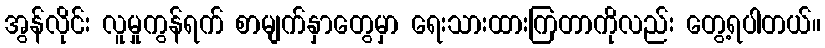
အွန်လိုင်း လူမှုကွန်ရက် စာမျက်နှာတွေမှာ ရေးသားထားကြတာကိုလည်း တွေ့ရပါတယ်။